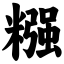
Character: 糨